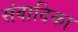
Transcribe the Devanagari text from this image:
संवादिका